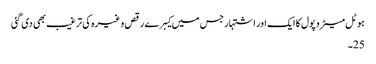
ہوٹل میٹرو پول کا ایک اور اشتہار جس میں کیبرے رقص وغیرہ کی ترغیب بھی دی گئی
25۔